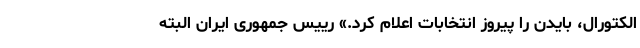
الکتورال، بایدن را پیروز انتخابات اعلام کرد.» رییس جمهوری ایران البته